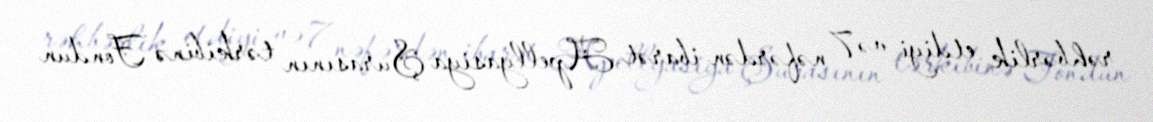
rəhbərlik etdiyi və 7 nəfərdən ibarət Apellyasiya Şurasının tərkibinə Fondun